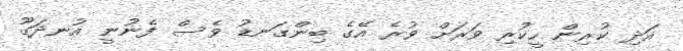
އަދި ކުރިން ހީކުރި ވަރަށް ވުރެ އޭގެ ބިންގަނޑު ވެސް ފެނުނީ އުނދަގޫ